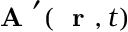
\mathrm { ~ \bf ~ A ~ } ^ { \prime } ( \mathrm { ~ \bf ~ r ~ } , t )